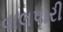
વાલપારી